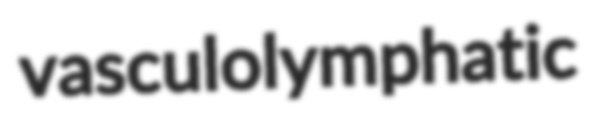
vasculolymphatic